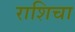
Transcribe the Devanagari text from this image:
राशिचा